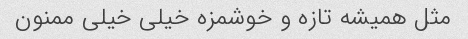
مثل همیشه تازه و خوشمزه خیلی خیلی ممنون